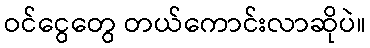
ဝင်ငွေတွေ တယ်ကောင်းလာဆိုပဲ။